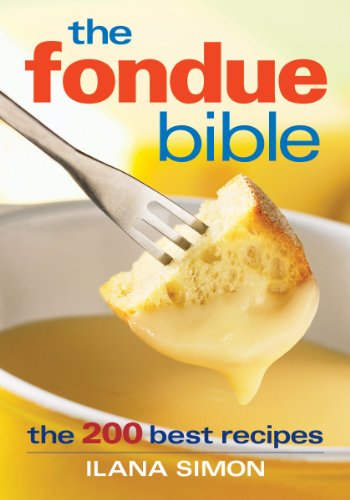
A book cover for The Fondue Bible: The 200 Best Recipes; Ilana Simon; Cookbooks, Food & Wine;